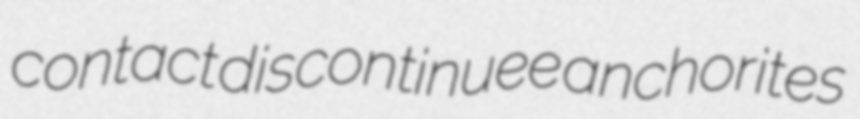
contact discontinuee anchorites